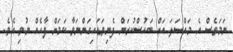
ނަމަވެސް އެ މައްސަލަ އަށް ބަހުސްކުރަން ފެނިވަޑައިގަންނަވާ ކަމަށް ފާހެއް ނުވި އެވެ.